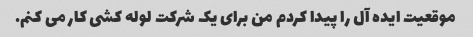
موقعیت ایده آل را پیدا کردم من برای یک شرکت لوله کشی کار می کنم.